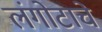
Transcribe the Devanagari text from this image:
लंगोटाचे